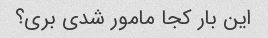
این بار کجا مامور شدی بری؟